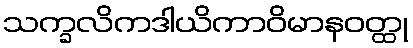
သက္ခလိကဒါယိကာဝိမာနဝတ္ထု